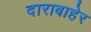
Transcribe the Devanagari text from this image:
दाराबाहेर